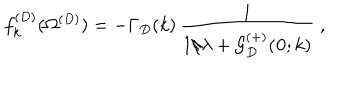
LaTeX: f _ { k } ^ { ( D ) } ( \Omega ^ { ( { D } ) } ) = - \Gamma _ { { D } } ( k ) \, \frac { 1 } { 1 / \lambda + { \mathcal G } _ { { D } } ^ { ( + ) } ( { \bf 0 } ; k ) } \; ,